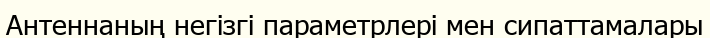
Антеннаның негізгі параметрлері мен сипаттамалары